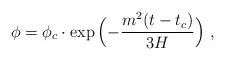
LaTeX: \begin{align*}\phi = \phi_c \cdot \exp{\Bigl(-{m^2(t-t_c)\over 3 H}\Bigr)}\ ,\end{align*}